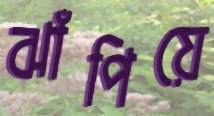
ঝাঁপিয়ে